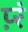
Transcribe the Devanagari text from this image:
प़्रं